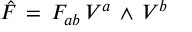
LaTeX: { \hat { F } } \, = \, F _ { a b } \, V ^ { a } \, \wedge \, V ^ { b }